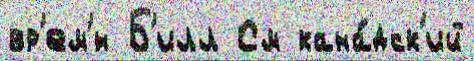
вр'ем'́н Б'илл См кана́дск'ий